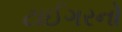
ટાઈગરનો